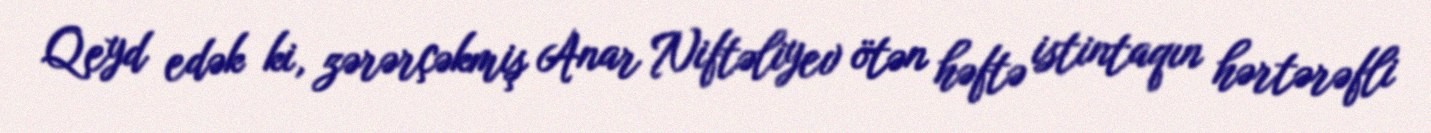
Qeyd edək ki, zərərçəkmiş Anar Niftəliyev ötən həftə istintaqın hərtərəfli